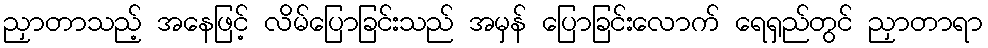
ညှာတာသည့် အနေဖြင့် လိမ်ပြောခြင်းသည် အမှန် ပြောခြင်းလောက် ရေရှည်တွင် ညှာတာရာ